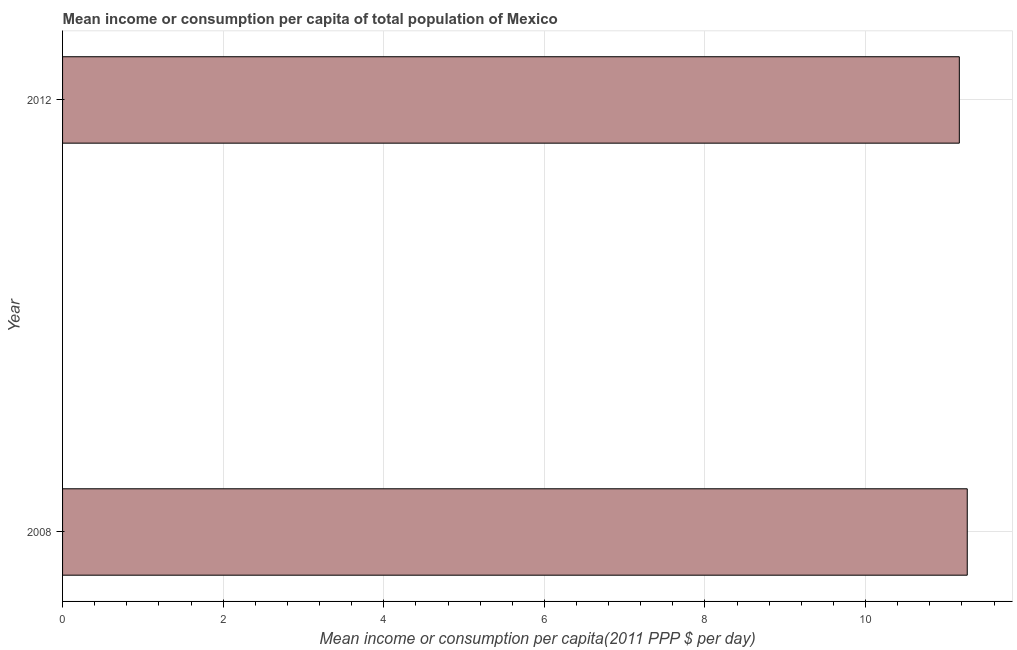
| Year | Total population |
 | --- | --- |
 | 2008 | 11.3 |
 | 2012 | 11.2 |